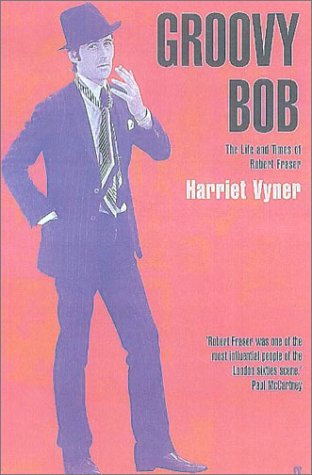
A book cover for Groovy Bob: The Life and Times of Robert Fraser; Harriet Vyner; Gay & Lesbian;